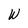
Character: W